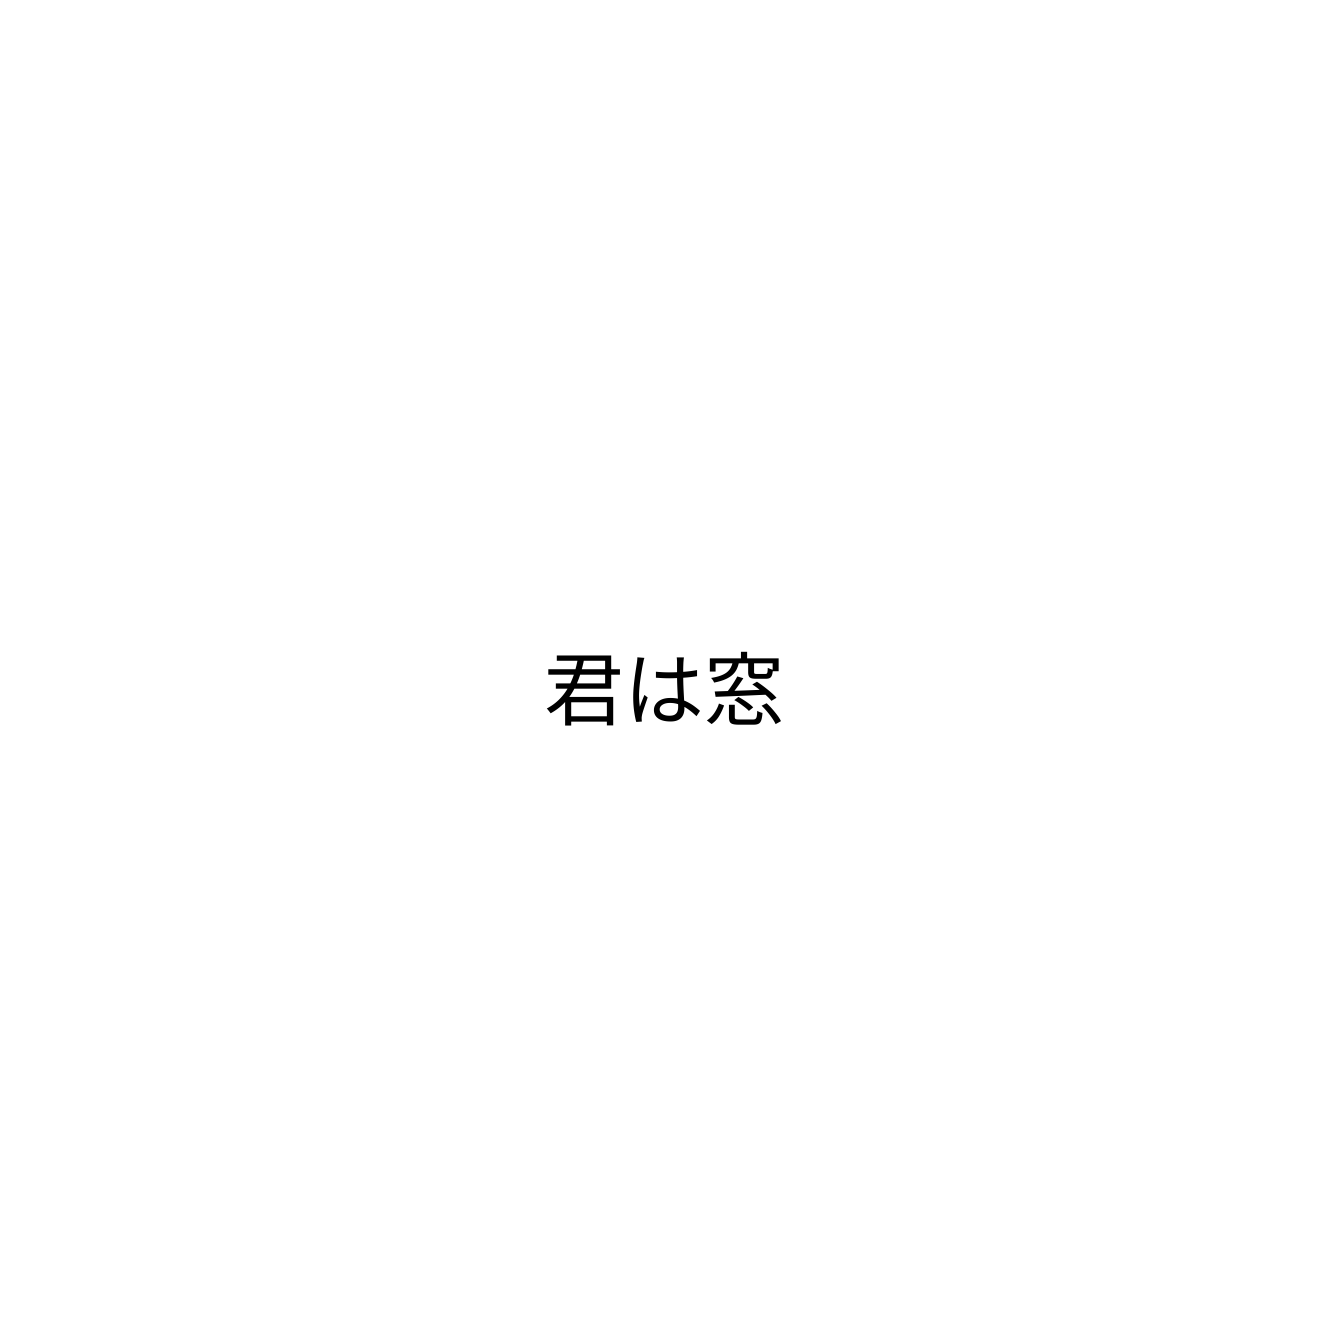
君は窓